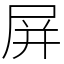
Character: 屏